Indian journal of veterinary science and animal husbandry - Volumes 18-21, 1948-1951
Year: 1948
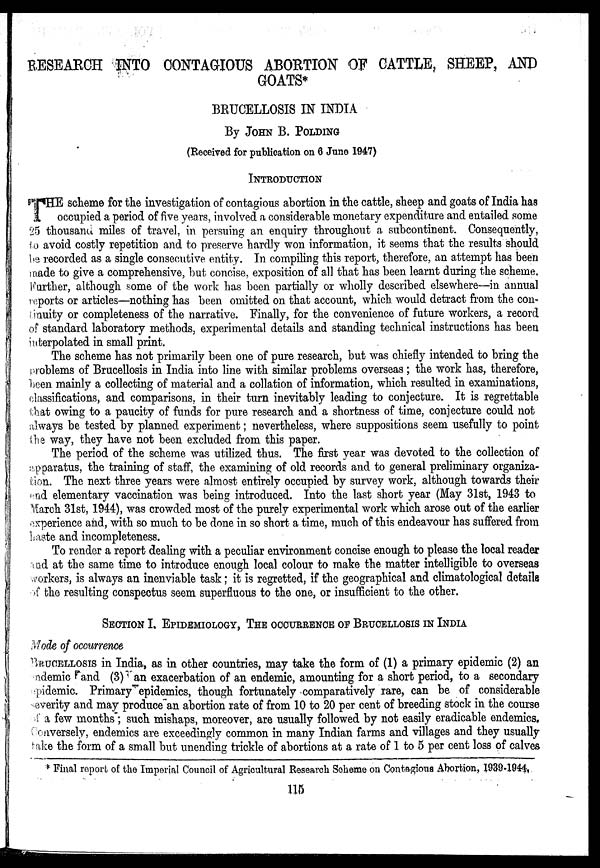
RESEARCH INTO CONTAGIOUS ABORTION OF CATTLE, SHEEP, AND
GOATS*
BRUCELLOSIS IN INDIA
By JOHN B. POLDING
(Received for publication on 6 June 1947)
INTRODUCTION
THE scheme for the investigation of contagious abortion in the cattle, sheep and goats of India has
occupied a period of five years, involved a considerable monetary expenditure and entailed some
25 thousand miles of travel, in persuing an enquiry throughout a subcontinent. Consequently,
to avoid costly repetition and to preserve hardly won information, it seems that the results should
be recorded as a single consecutive entity. In compiling this report, therefore, an attempt has been
made to give a comprehensive, but concise, exposition of all that has been learnt during the scheme.
Further, although some of the work has been partially or wholly described elsewhere—in annual
reports or articles—nothing has been omitted on that account, which would detract from the con-
tinuity or completeness of the narrative. Finally, for the convenience of future workers, a record
of standard laboratory methods, experimental details and standing technical instructions has been
interpolated in small print.
The scheme has not primarily been one of pure research, but was chiefly intended to bring the
problems of Brucellosis in India into line with similar problems overseas; the work has, therefore,
been mainly a collecting of material and a collation of information, which resulted in examinations,
classifications, and comparisons, in their turn inevitably leading to conjecture. It is regrettable
that owing to a paucity of funds for pure research and a shortness of time, conjecture could not
always be tested by planned experiment; nevertheless, where suppositions seem usefully to point
the way, they have not been excluded from this paper.
The period of the scheme was utilized thus. The first year was devoted to the collection of
apparatus, the training of staff, the examining of old records and to general preliminary organiza-
tion. The next three years were almost entirely occupied by survey work, although towards their
end elementary vaccination was being introduced. Into the last short year (May 31st, 1943 to
March 31st, 1944), was crowded most of the purely experimental work which arose out of the earlier
experience and, with so much to be done in so short a time, much of this endeavour has suffered from
baste and incompleteness.
To render a report dealing with a peculiar environment concise enough to please the local reader
and at the same time to introduce enough local colour to make the matter intelligible to overseas
workers, is always an inenviable task; it is regretted, if the geographical and climatological details
of the resulting conspectus seem superfluous to the one, or insufficient to the other.
SECTION I. EPIDEMIOLOGY, THE OCCURRENCE OF BRUCELLOSIS IN INDIA
Mode of occurrence
BRUCELLOSIS in India, as in other countries, may take the form of (1) a primary epidemic (2) an
endemic and (3) an exacerbation of an endemic, amounting for a short period, to a secondary
epidemic. Primary epidemics, though fortunately comparatively rare, can be of considerable
severity and may produce an abortion rate of from 10 to 20 per cent of breeding stock in the course
of a few months; such mishaps, moreover, are usually followed by not easily eradicable endemics.
Conversely, endemics are exceedingly common in many Indian farms and villages and they usually
take the form of a small but unending trickle of abortions at a rate of 1 to 5 per cent loss of calves
* Final report of the Imperial Council of Agricultural Research Scheme on Contagious Abortion, 1939-1944.
115